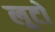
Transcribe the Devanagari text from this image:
लूटो